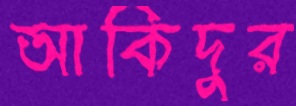
আকিদুর